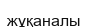
жұқаналы